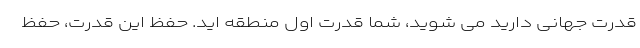
قدرت جهانی دارید می شوید، شما قدرت اول منطقه اید. حفظ این قدرت، حفظ